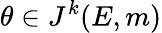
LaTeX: \theta\in J^{k}(E,m)